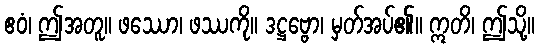
ဧဝံ၊ ဤအတူ။ ဖဿော၊ ဖဿကို။ ဒဋ္ဌဗ္ဗော၊ မှတ်အပ်၏။ ဣတိ၊ ဤသို့။